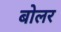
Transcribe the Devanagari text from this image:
बोलर